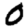
Digit: 0